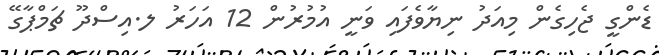
ޑެންގީ ޖެހިގެން މިއަދު ނިޔާވެފައި ވަނީ އުމުރުން 12 އަހަރު ލ.އިސްދޫ ޗަމްޕާގޭ